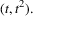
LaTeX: ( t , t ^ { 2 } ) .